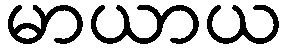
မာယာယ